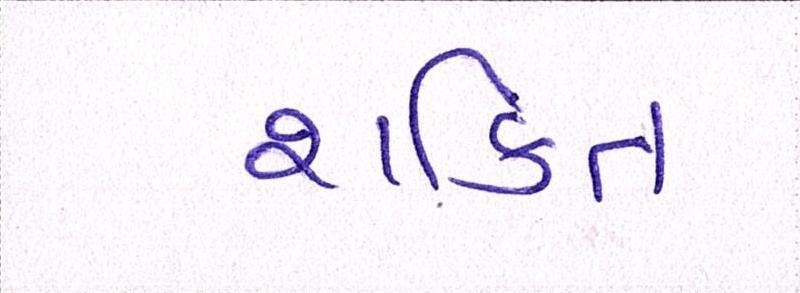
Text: શકિત